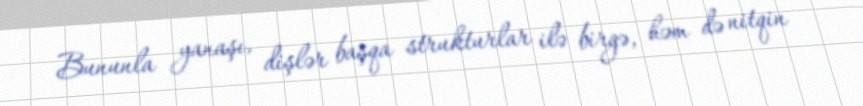
Bununla yanaşı, dişlər başqa strukturlar ilə birgə, həm də nitqin